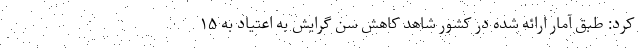
کرد: طبق آمار ارائه شده در کشور شاهد کاهش سن گرایش به اعتیاد به ۱۵